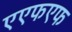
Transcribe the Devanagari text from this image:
एएफएफ